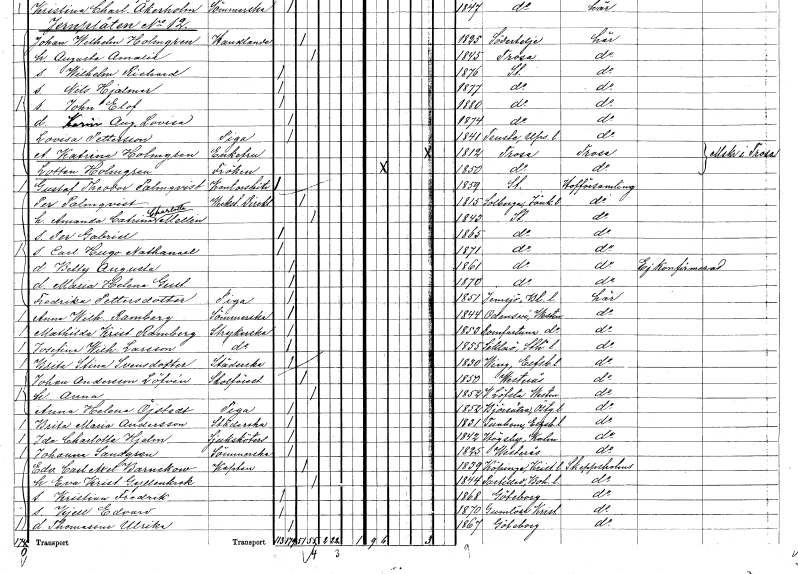
gt_parse: households: individuals: FN: Per
EN: Palmqvist
YRKE: Verkstadsdirektör
KON: M
CIV: G
FODAR: 1815
FODFORS: Solberga Jönköpings län
FN: Amanda Catrina Charlotta
EN: Mellin
KON: K
CIV: G
FODAR: 1843
FODFORS: Stockholm
FN: Per Gabriel
KON: M
CIV: O
FODAR: 1865
FODFORS: Stockholm
FN: Carl Hugo Nathanael
KON: M
CIV: O
FODAR: 1871
FODFORS: Stockholm
FN: Betty Augusta
KON: K
CIV: O
FODAR: 1861
FODFORS: Stockholm
FN: Maria Helena Gustafva
KON: K
CIV: O
FODAR: 1870
FODFORS: Stockholm
FN: Fredrika
EN: Pettersdotter
YRKE: Piga
KON: K
CIV: O
FODAR: 1851
FODFORS: Jämjö Blekinge län
FN: Anna Wilhelmina
EN: Ramberg
YRKE: Sömmerska
KON: K
CIV: O
FODAR: 1844
FODFORS: Odensvi Västmanlands län
FN: Mathilda Kristina
EN: Ramberg
YRKE: Strykerska
KON: K
CIV: O
FODAR: 1853
FODFORS: Romfartuna Västmanlands län
FN: Josefina Wilhelmina
EN: Larsson
YRKE: Strykerska
KON: K
CIV: O
FODAR: 1855
FODFORS: Sicklaö Stockholms län
FN: Brita Stina
EN: Svensdotter
YRKE: Städerska
KON: K
CIV: O
FODAR: 1830
FODFORS: Ving Älvsborgs län
FN: Johan
EN: Andersson Löfvén
YRKE: Skolföreståndare
KON: M
CIV: G
FODAR: 1850
FODFORS: Västerås Västmanlands län
FN: Anna
KON: K
CIV: G
FODAR: 1852
FODFORS: Västerlövsta Västmanlands län
FN: Anna Helena
EN: Öjstedt
YRKE: Piga
KON: K
CIV: O
FODAR: 1852
FODFORS: Björsäter Östergötlands län
FN: Brita Maria
EN: Andersson
YRKE: Städerska
KON: K
CIV: O
FODAR: 1831
FODFORS: Tunhem Älvsborgs län
FN: Ida Charlotta
EN: Hjelm
YRKE: Sjuksköterska
KON: K
CIV: O
FODAR: 1842
FODFORS: Högsby Kalmar län
FN: Johanna
EN: Sandgren
YRKE: Sömmerska
KON: K
CIV: O
FODAR: 1825
FODFORS: Västerås Västmanlands län
FN: Edvard Carl Axel
EN: Barnekow
YRKE: Kapten armén och flottan
KON: M
CIV: G
FODAR: 1839
FODFORS: Köpinge Kristianstads län
FN: Eva Kristina
EN: Gyllenkrok
KON: K
CIV: G
FODAR: 1844
FODFORS: Partille Göteborgs- och Bohuslän
FN: Kristian Fredrik
KON: M
CIV: O
FODAR: 1868
FODFORS: Göteborg Göteborgs- och Bohuslän
FN: Kjell Edvard
KON: M
CIV: O
FODAR: 1870
FODFORS: Gumlösa Kristianstads län
FN: Thomasine Ulrika
KON: K
CIV: O
FODAR: 1867
FODFORS: Göteborg Göteborgs- och Bohuslän